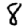
Digit: 8